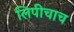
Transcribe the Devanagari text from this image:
लिपीचाच